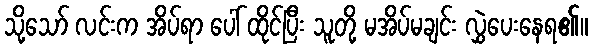
သို့သော် လင်းက အိပ်ရာ ပေါ် ထိုင်ပြီး သူတို့ မအိပ်မချင်း လွှဲပေးနေရ၏။